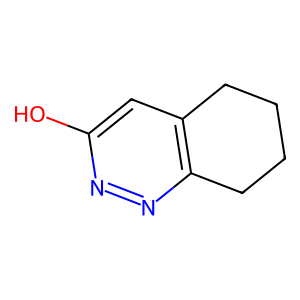
SMILES: Oc1cc2c(nn1)CCCC2
Inhibits HIV replication: No